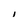
Character: l